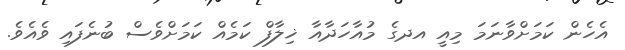
އެހެން ކަމަށްވާނަމަ މިއީ އދގެ މުއާހަދާއާ ޚިލާފް ކަމެއް ކަމަށްވެސް ބުނެފައި ވެއެވެ.